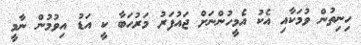
ހިނިތުން ވުމަކާއި އެކު އެމީހުންނަށް ޖައުފަރު މަރުހަބާ ކީ އަޑު އިވުމުން ނާމީ